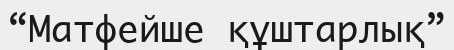
“Матфейше құштарлық”